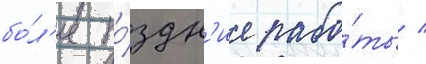
бо́л'ее по́здн'ие рабо́ты /